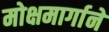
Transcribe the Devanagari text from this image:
मोक्षमार्गाने